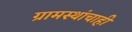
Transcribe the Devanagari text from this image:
ग्रामस्थांचाही